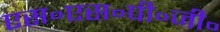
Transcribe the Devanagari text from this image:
एस॰एस॰पी॰जी॰